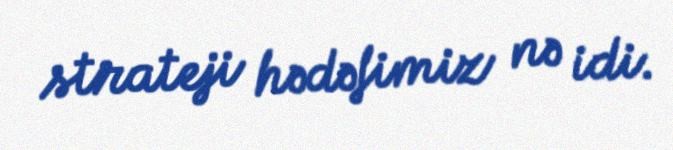
strateji hədəfimiz nə idi.